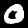
Digit: 0